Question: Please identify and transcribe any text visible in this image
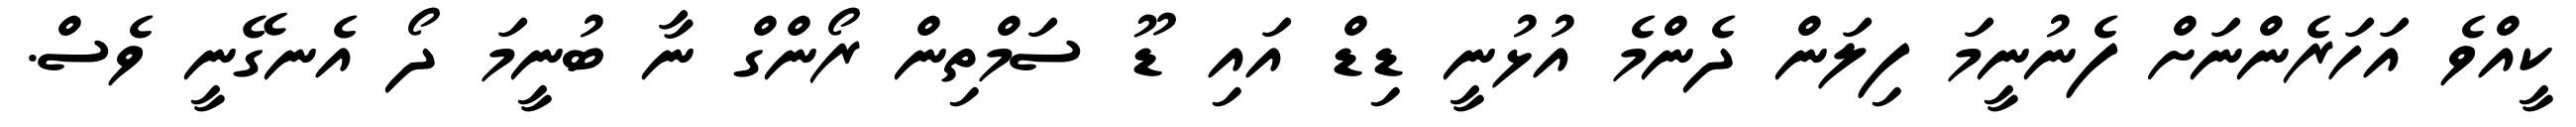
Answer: ކީއްވެ އަހަރެންނަށް ފެނުނީމަ ފިލަން ދެންމެ އުޅުނީ ޑިޑް އައި ޑޫ ސަމްތިން ރޯންގް ނާ ބުނީމަ ދޯ އެނގޭނީ ވެސް.